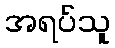
အရပ်သူ